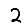
Digit: 2